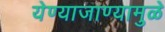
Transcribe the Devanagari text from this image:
येण्याजाण्यामुळे